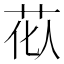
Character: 𫇹